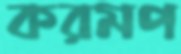
করমপ